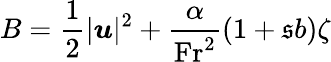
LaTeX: B=\frac{1}{2}|\boldsymbol{u}|^{2}+\frac{\alpha}{\mathrm{Fr}^{2}}(1+\mathfrak{s}b)\zeta